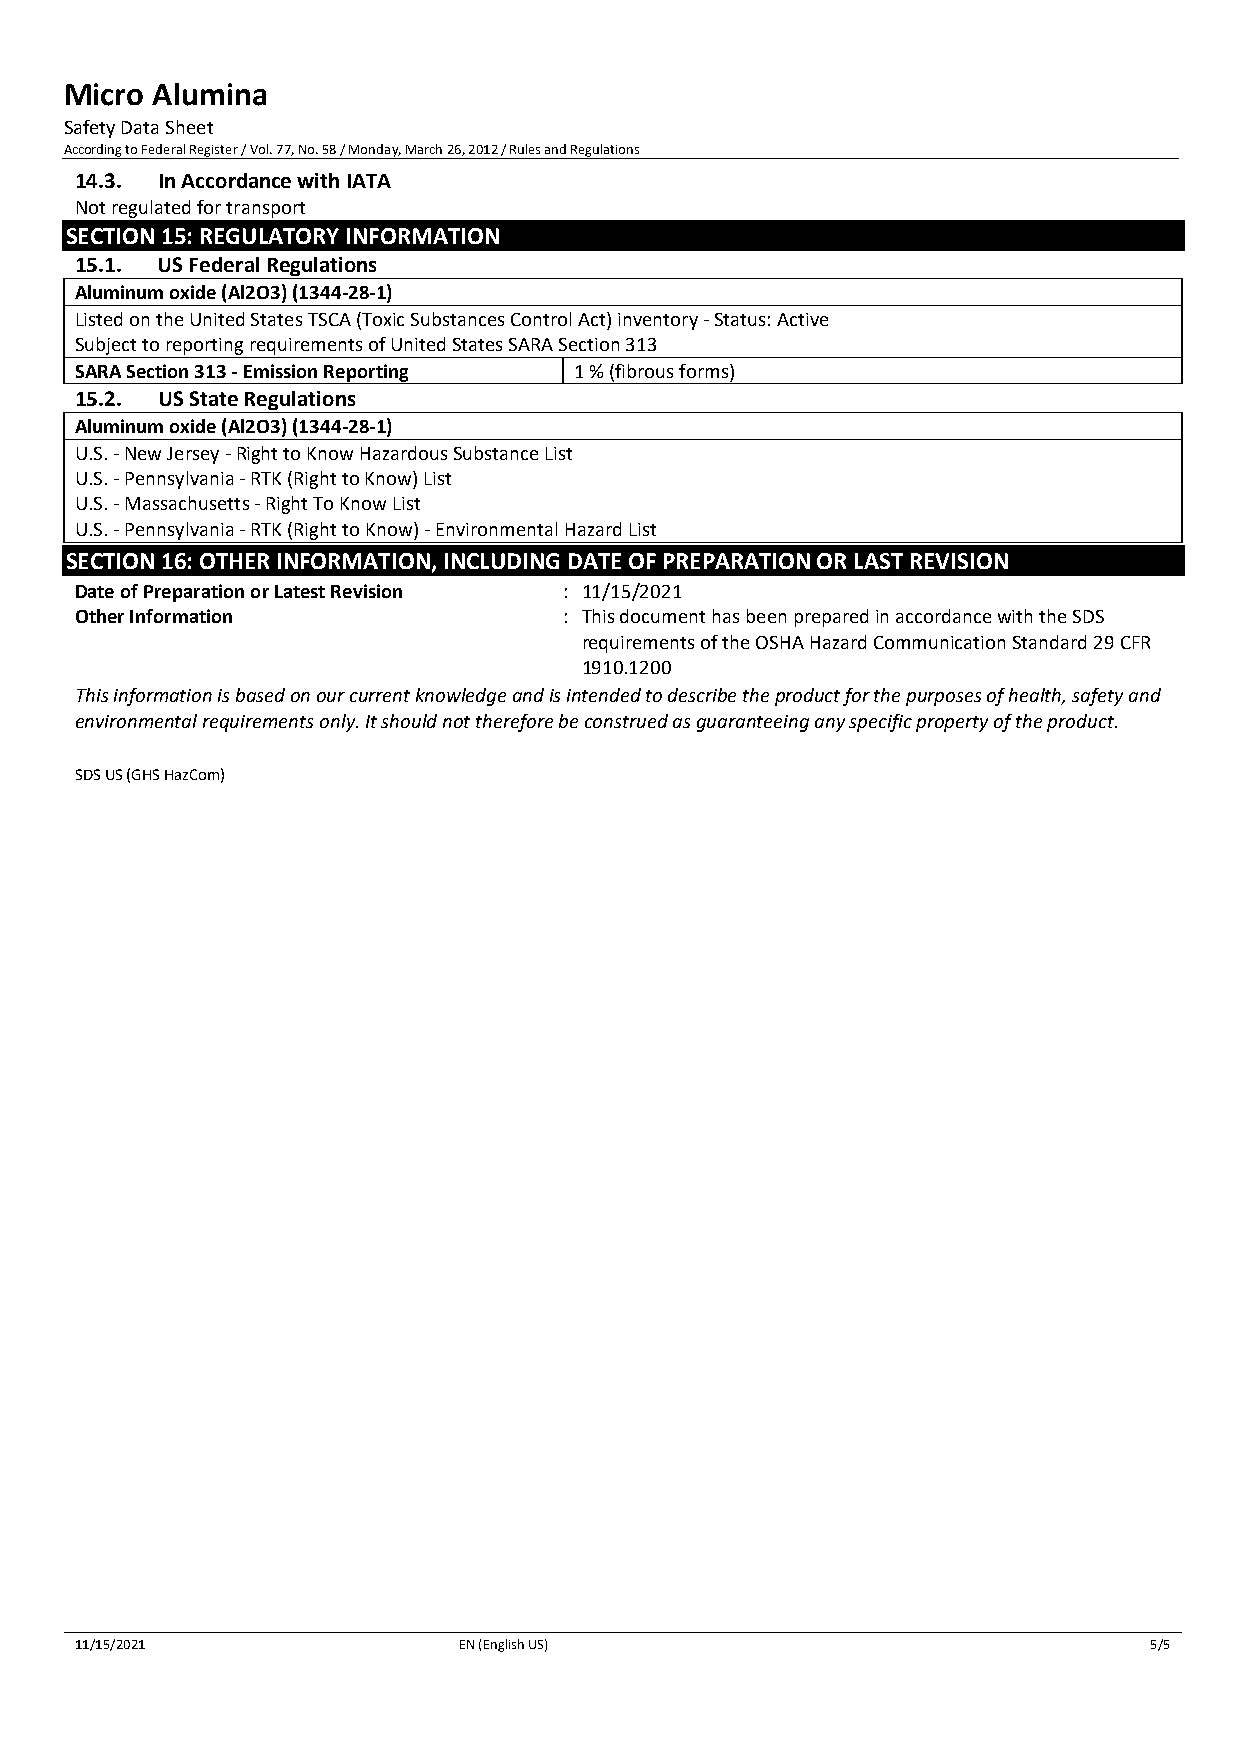
Micro Alumina
 Safety Data Sheet
 According to Federal Register / Vol. 77, No. 58 / Monday, March 26, 2012 / Rules and Regulations
 14.3. In Accordance with IATA
 Not regulated for transport
 SECTION 15: REGULATORY INFORMATION
 15.1. US Federal Regulations
 Aluminum oxide (Al2O3) (1344-28-1)
 Listed on the United States TSCA (Toxic Substances Control Act) inventory - Status: Active
 Subject to reporting requirements of United States SARA Section 313
 SARA Section 313 - Emission Reporting 1 % (fibrous forms)
 15.2. US State Regulations
 Aluminum oxide (Al2O3) (1344-28-1)
 U.S. - New Jersey - Right to Know Hazardous Substance List
 U.S. - Pennsylvania - RTK (Right to Know) List
 U.S. - Massachusetts - Right To Know List
 U.S. - Pennsylvania - RTK (Right to Know) - Environmental Hazard List
 SECTION 16: OTHER INFORMATION, INCLUDING DATE OF PREPARATION OR LAST REVISION
 D ate of Preparation or Latest Revision : 11/15/2021
 Other Information               : This document has been prepared in accordance with the SDS
 requirements of the OSHA Hazard Communication Standard 29 CFR
 1910.1200
 This information is based on our current knowledge and is intended to describe the product for the purposes of health, safety and
 environmental requirements only. It should not therefore be construed as guaranteeing any specific property of the product.
 SDS US (GHS HazCom)
 FFaallssee
 11/15/2021               EN (English US)                               5/5